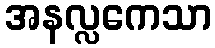
အနလ္လကေသာ